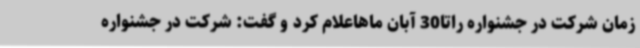
زمان شرکت در جشنواره راتا30 آبان ماهاعلام کرد و گفت: شرکت در جشنواره